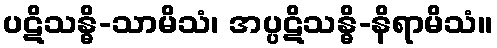
ပဋိသန္ဓိ-သာမိသံ၊ အပ္ပဋိသန္ဓိ-နိရာမိသံ။